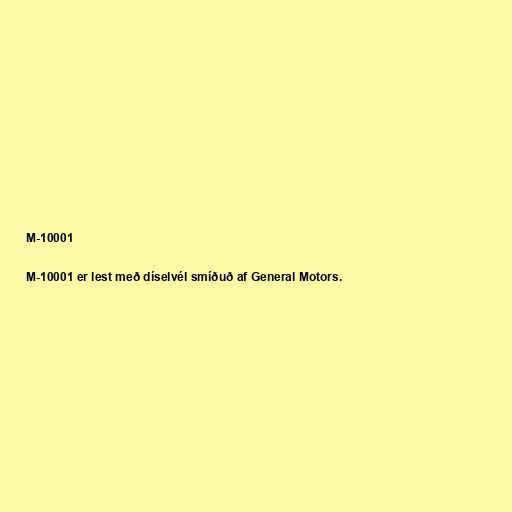
M-10001

M-10001 er lest með díselvél smíðuð af General Motors.